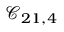
\mathcal { C } _ { 2 1 , 4 }